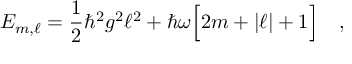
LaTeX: E _ { m , \ell } = \frac { 1 } { 2 } \hbar ^ { 2 } g ^ { 2 } \ell ^ { 2 } + \hbar \omega \Big [ 2 m + | \ell | + 1 \Big ] \ \ \ ,